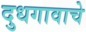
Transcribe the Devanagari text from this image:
दुधगावाचे